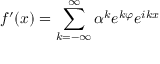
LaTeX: f ^ { \prime } ( x ) = \sum _ { k = - \infty } ^ { \infty } \alpha ^ { k } e ^ { k \varphi } e ^ { i k x }